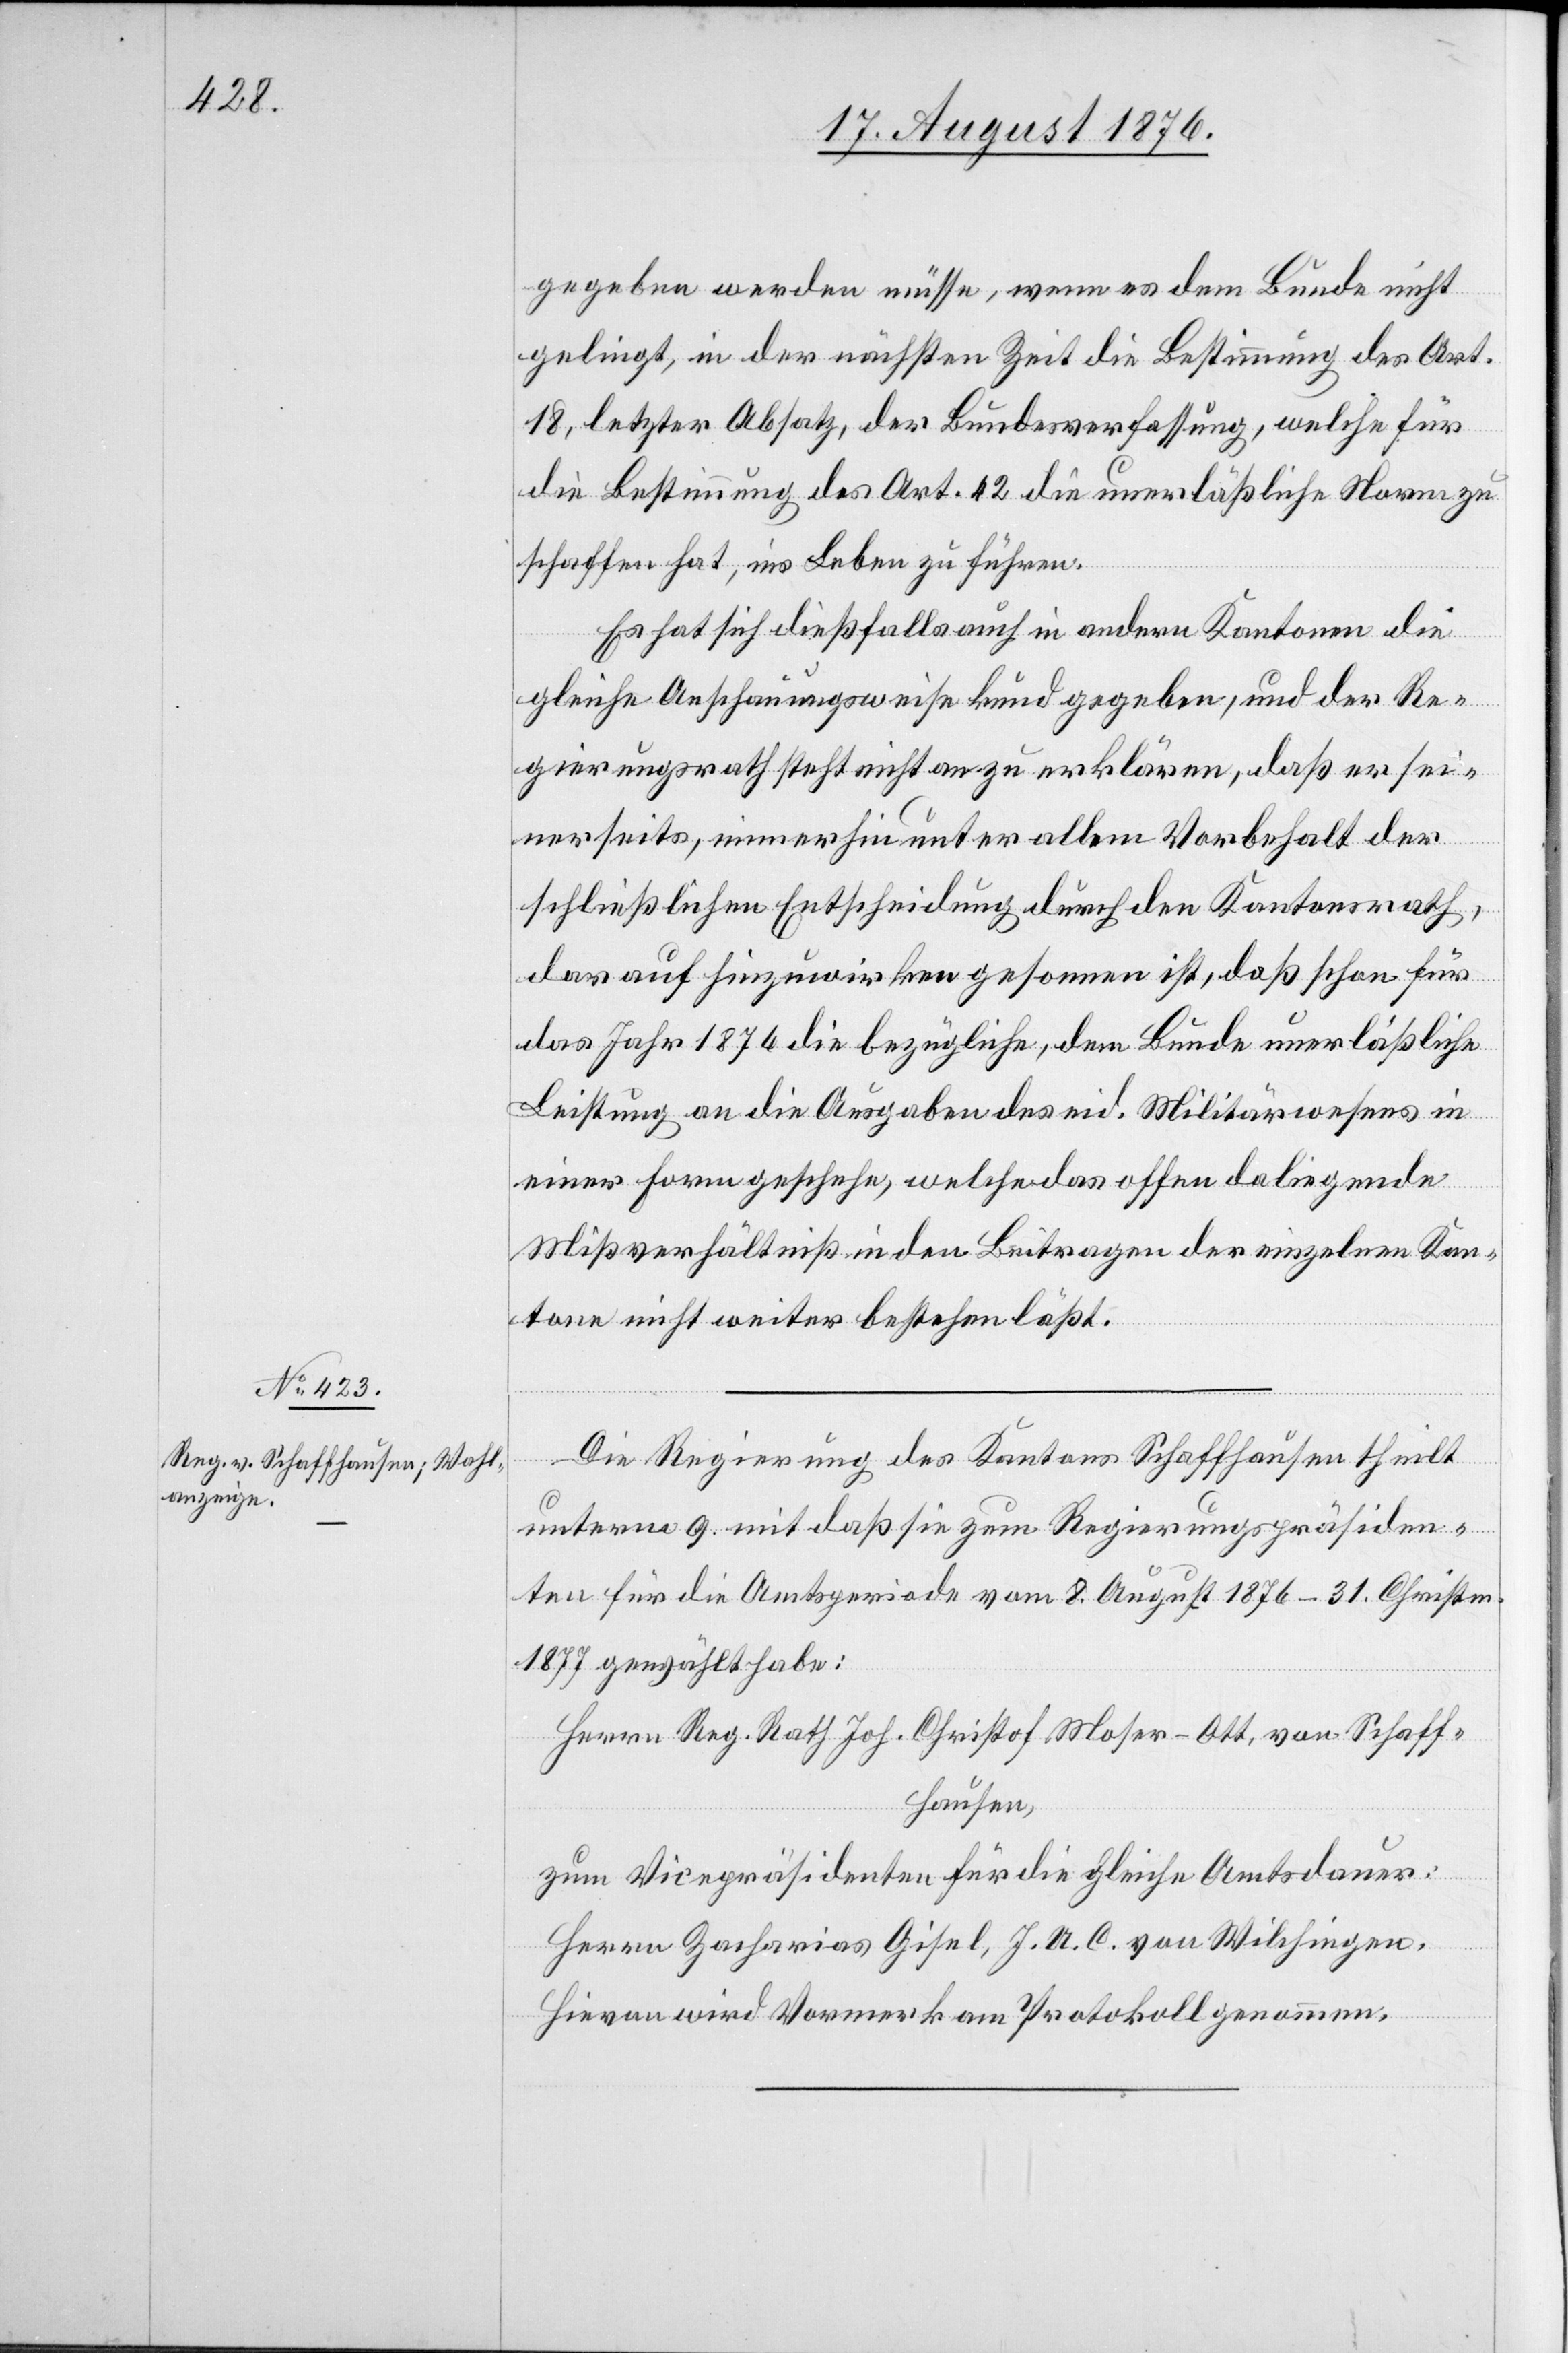
gegeben werden müsse, wenn es dem Bunde nicht
gelingt, in der nächsten Zeit die Bestimmung des Art.
18, letzter Absatz, der Bundesverfassung, welche für
die Bestimmung des Art. 12 die unerläßliche Norm zu
schaffen hat, ins Leben zu führen.
Es hat sich dießfalls auch in andern Kantonen die
gleiche Anschauungsweise kund gegeben, und der Re¬
gierungsrath steht nicht an zu erklären, daß er sei¬
nerseits, immerhin unter allem Vorbehalt der
schließlichen Entscheidung durch den Kantonsrath,
darauf hinzuwirken gesonnen ist, daß schon für
das Jahr 1876 die bezügliche, dem Bunde unerläßliche
Leistung an die Ausgaben des eid. Militärwesens in
einer Form geschehe, welche das offen daliegende
Mißverhältniß in den Beitragen [sic!] der einzelnen Kan¬
tone nicht weiter bestehen läßt.
Die Regierung des Kantons Schaffhausen theilt
unterm 9. mit daß sie zum Regierungspräsiden¬
ten für die Amtsperiode vom 8. August 1876–31. Christm.
1877 gewählt habe:
Herrn Reg. Rath Joh. Christoph Moser-Ott, von Schaff¬
hausen,
zum Vizepräsidenten für die gleiche Amtsdauer:
Herrn Zacharias Gisel, J. A. C. von Wilchingen.
Hievon wird Vormerk am Protokoll genommen.